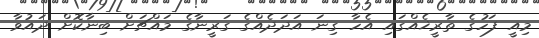
މިއީ ފަހުގެ ތާރީޚެއްގައި އެހާ ގިނަ އަދަދެއްގެ ގަރީނާގެ މައްޗަށް ބިނާކޮށް ދައުވާ